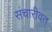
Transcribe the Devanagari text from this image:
संचारीवत्